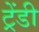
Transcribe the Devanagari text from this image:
ट्रेंडी